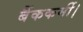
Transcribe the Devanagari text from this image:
बैंककर्मी।